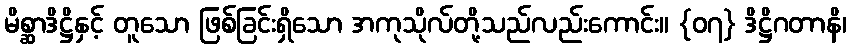
မိစ္ဆာဒိဋ္ဌိနှင့် တူသော ဖြစ်ခြင်းရှိသော အကုသိုလ်တို့သည်လည်းကောင်း။ {၀၇} ဒိဋ္ဌိဂတာနိ၊